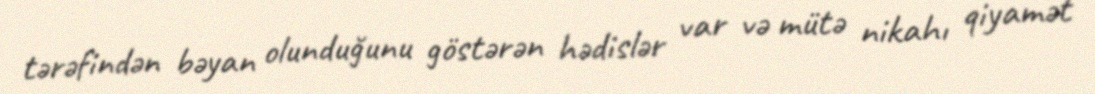
tərəfindən bəyan olunduğunu göstərən hədislər var və mütə nikahı qiyamət